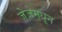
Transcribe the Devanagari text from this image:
जेजेमधून